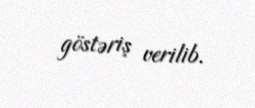
göstəriş verilib.